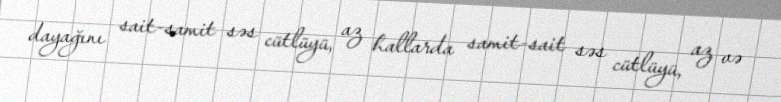
dayağını sait-samit səs cütlüyü, az hallarda samit-sait səs cütlüyü, az və